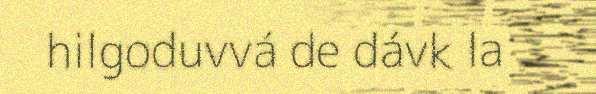
hilgoduvvá de dávk la